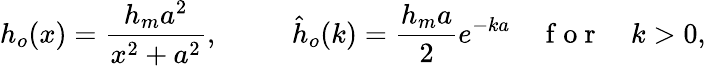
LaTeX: h_{o}(x)=\frac{h_{m}a^{2}}{x^{2}+a^{2}},\qquad\; \; \hat{h}_{o}(k)=\frac{h_{m}a}{2}e^{-ka}\quad\mathrm{~f~o~r~}\quad k>0,